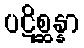
ပဋိစ္ဆန္နာ